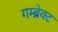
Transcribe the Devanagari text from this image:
गम्ब्रेक्ट